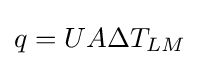
q=UA\Delta T_{LM}